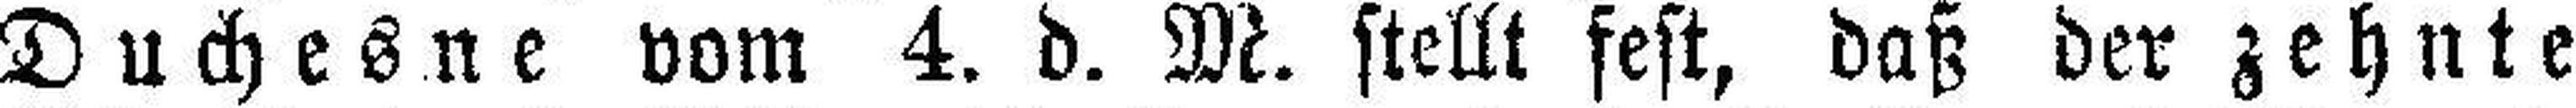
Duchesne vom 4. d. M. stellt fest, daß der zehnte